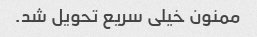
ممنون خیلی سریع تحویل شد.